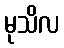
မုသိလ